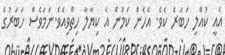
އެއީ ކުއްލި ހަބަރެ ކެވެ. އެހެން ކަމުން އެ ކިޔާލާ ހިތްވިއެވެ.ނަމަވެސް ހަބަރުގެ